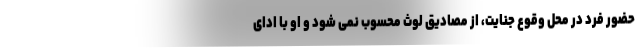
حضور فرد در محل وقوع جنایت، از مصادیق لوث محسوب نمی شود و او با ادای